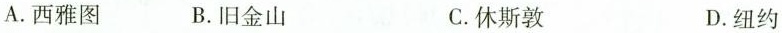
A.西雅图 B.旧金山 C.休斯敦 D.纽约